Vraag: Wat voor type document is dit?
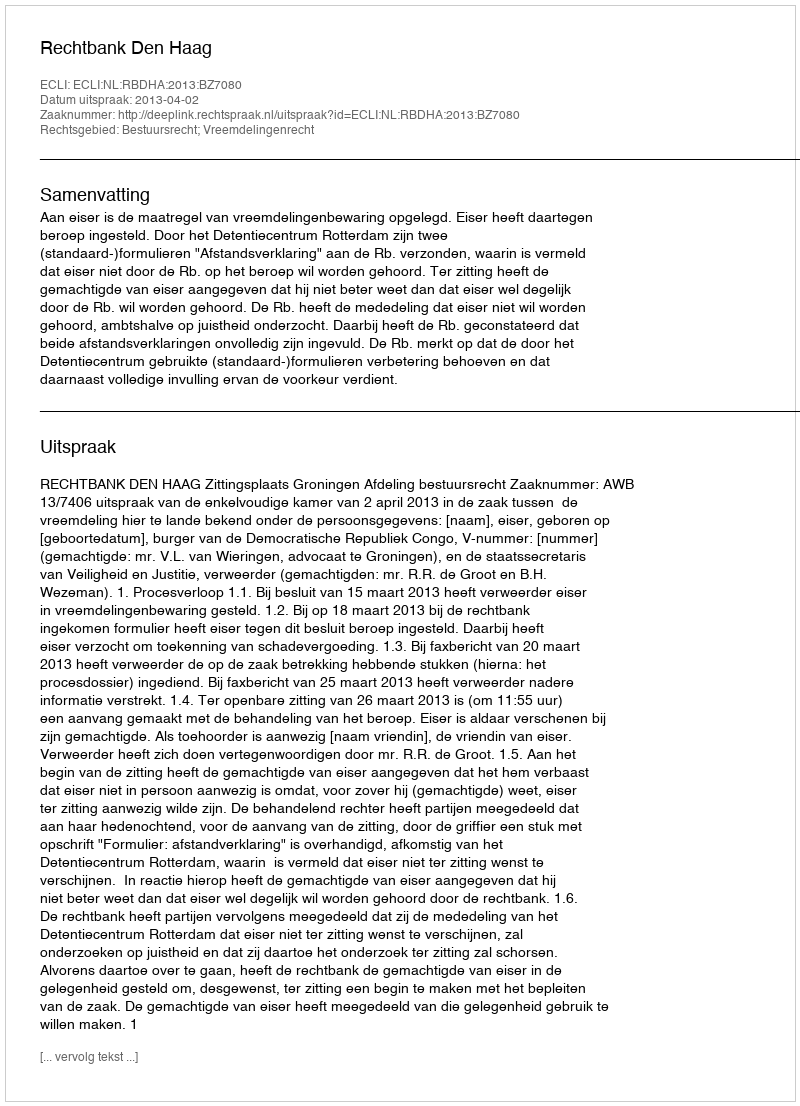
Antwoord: Uitspraak